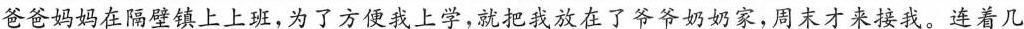
爸爸妈妈在隔壁镇上上班，为了方便我上学，就把我放在了爷爷奶奶家，周末才来接我。连着几